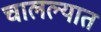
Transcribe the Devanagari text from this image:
चालल्यात